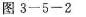
图3-5-2